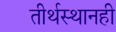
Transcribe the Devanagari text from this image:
तीर्थस्थानही